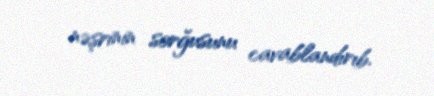
nəşrinin sorğusunu cavablandırıb.